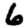
Digit: 6